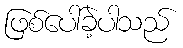
ဖြစ်ပေါ်ခဲ့ပါသည်